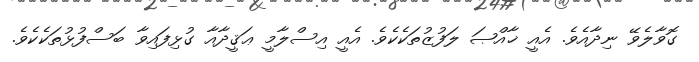
ގޮވާލެވޭ ނިދާއެވެ. އެއީ ޚާއްޞަ ލަފުޒުތަކެކެވެ. އެއީ އިސްލާމީ ޢަޤީދާއާ ގުޅިފައިވާ ބަސްފުޅުތަކެކެވެ.